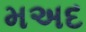
મઅદ